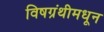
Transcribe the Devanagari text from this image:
विषग्रंथीमधून